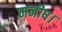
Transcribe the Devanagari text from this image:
मनीष।